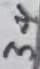
Text: 34